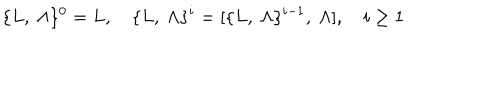
LaTeX: \{ L , \ \Lambda \} ^ { 0 } = L , \quad \{ L , \ \Lambda \} ^ { i } = [ \{ L , \ \Lambda \} ^ { i - 1 } , \ \Lambda ] , \quad i \ge 1 .